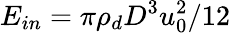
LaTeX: {{E}_{in}}=\pi{{\rho}_{d}}{{D}^{3}}u_{0}^{2}/12